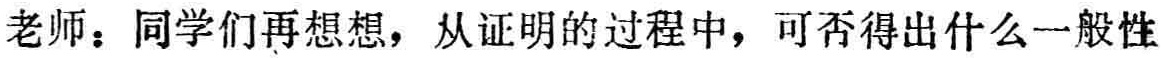
老师：同学们再想想，从证明的过程中，可否得出什么一般性